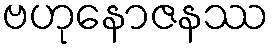
ဗဟုနောဇနဿ